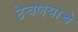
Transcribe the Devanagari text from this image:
ठेचण्याचे